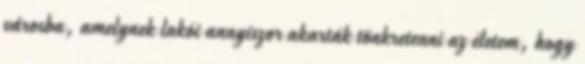
városba, amelynek lakói annyiszor akarták tönkretenni az életem, hogy